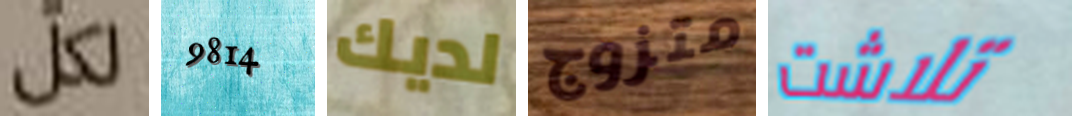
لكل 9814 لديك متزوج تلاشت